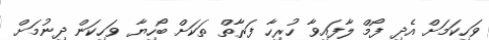
ވަހިކަމަށް އެދި ފޯމް ލާފައިވާ ހުރިހާ ފަރާތް ތަކަށް ބޯހިޔާ ވަހިކަން ދިނުމަށް